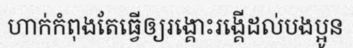
ហាក់កំពុងតែធ្វើឲ្យរង្គោះរង្គើដល់បងប្អូន